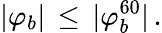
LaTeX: |\varphi_{b}|\, \leq\, |\varphi_{b}^{60}|\, .